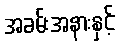
အခမ်းအနားနှင့်